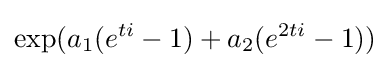
\exp(a_{1}(e^{ti}-1)+a_{2}(e^{2ti}-1))